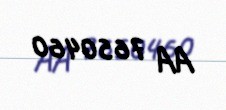
AA 7650460